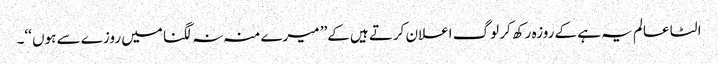
الٹا عالم یہ ہے کے روزہ رکھ کر لوگ اعلان کرتے ہیں کے’’ میرے منہ نہ لگنا میں روزے سے ہوں ‘‘۔